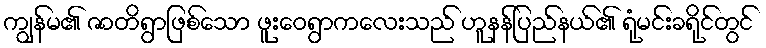
ကျွန်မ၏ ဇာတိရွာဖြစ်သော ဖူးဝေရွာကလေးသည် ဟူနန်ပြည်နယ်၏ ရုံမင်းခရိုင်တွင်